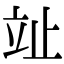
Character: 𣥢